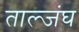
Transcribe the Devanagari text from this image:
ताल्जंघ